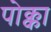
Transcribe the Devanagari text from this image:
पोक्का